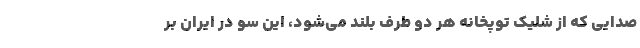
صدایی که از شلیک توپخانه هر دو طرف بلند می‌شود، این سو در ایران بر